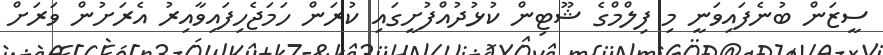
ސީޒަން ބުނެފައިވަނީ މި ފިލްމްގެ ޝޫޓިން ކުޅުދުއްފުށީގައި ކުރަން ހަމަޖެހިފައިވާއިރު އެރަށުން ވަރަށް